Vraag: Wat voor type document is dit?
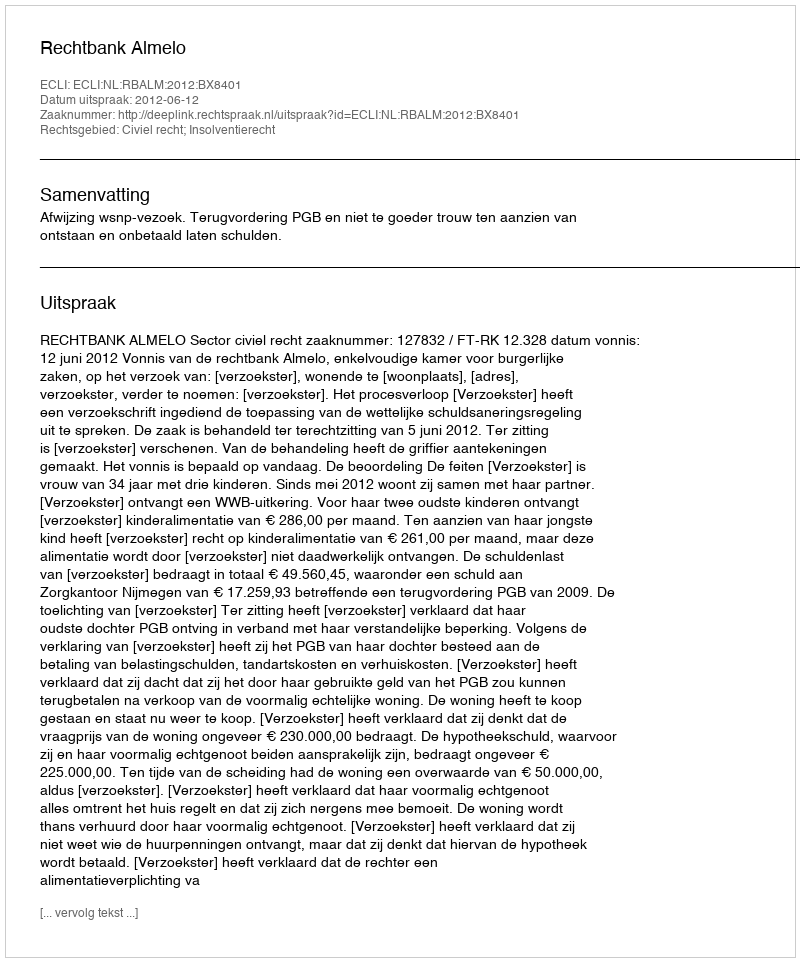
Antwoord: Uitspraak